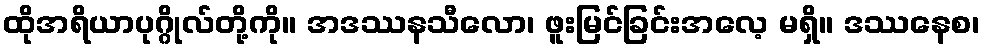
ထိုအရိယာပုဂ္ဂိုလ်တို့ကို။ အဒဿနသီလော၊ ဖူးမြင်ခြင်းအလေ့ မရှိ။ ဒဿနေစ၊